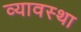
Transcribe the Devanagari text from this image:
व्यावस्था